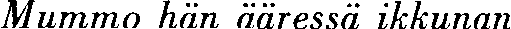
Mummo hän ääressä ikkunan